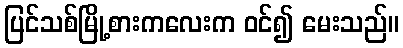
ပြင်သစ်မြို့စားကလေးက ဝင်၍ မေးသည်။